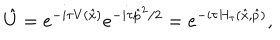
LaTeX: \hat { U } = e ^ { - i \tau V ( \hat { x } ) } e ^ { - i \tau \hat { p } ^ { 2 } / 2 } = e ^ { - i \tau H _ { \tau } ( \hat { x } , \hat { p } ) } ,